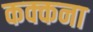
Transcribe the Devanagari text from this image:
कक्कना